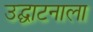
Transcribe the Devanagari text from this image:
उद्घाटनाला